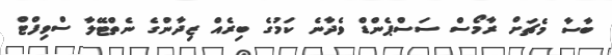
ބާސާ މެޗަށް ރާމޯސް ސަސްޕެންޑް ވެދާނެ ކަމުގެ ބިރެއް ޒިދާންގެ ނެތްޓޭލާ ސްވިފްޓް